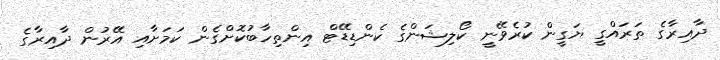
ދާއިރާގެ ތަރައްގީ ޔަގީން ކުރެވޭނީ ކޯލިޝަންގެ ކެންޑިޑޭޓް އިންތިހާބުކޮށްގެން ކަމަށާއި އޭރުން ދާއިރާގެ